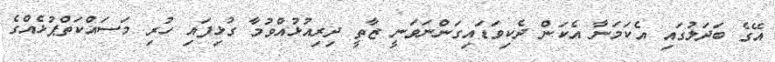
އޭގެ ބަދަލުގައި އެކަމަނާ އެކަން ދެކިވަޑައިގަންނަވަނީ ޒާތީ ދިރިއުޅުއްވުމާ ގުޅިފައި ހުރި މަސައްކަތްޕުޅެއްގެ